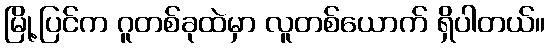
မြို့ပြင်က ဂူတစ်ခုထဲမှာ လူတစ်ယောက် ရှိပါတယ်။